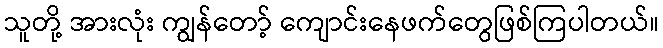
သူတို့ အားလုံး ကျွန်တော့် ကျောင်းနေဖက်တွေဖြစ်ကြပါတယ်။